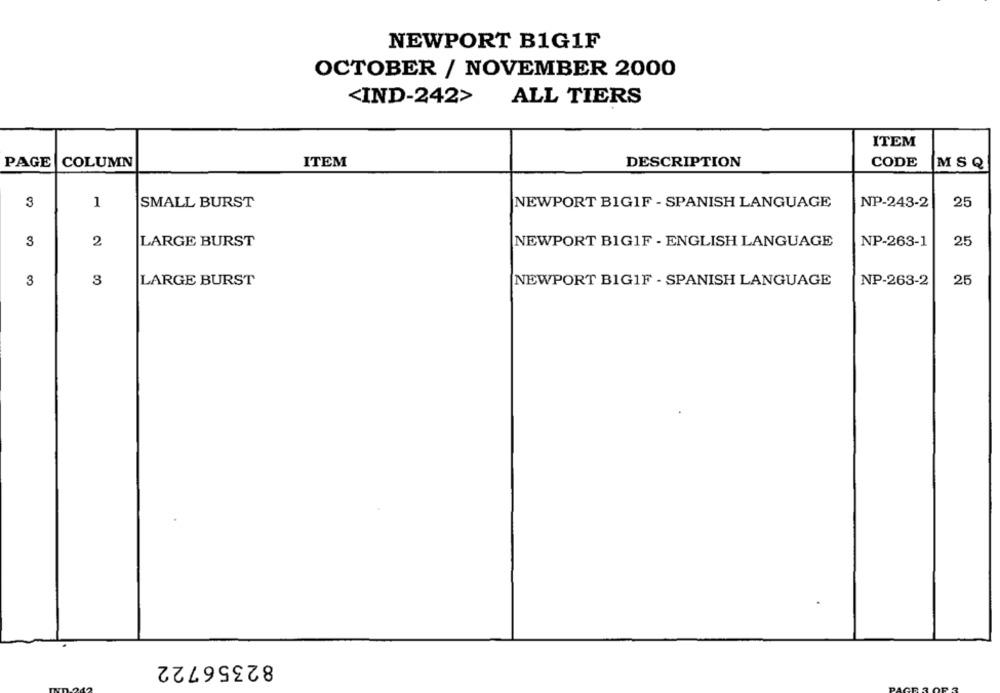
NEWPORT B1G1F
OCTOBER / NOVEMBER 2000
<IND-242>
ALL TIERS
ITEM
PAGE
COLUMN
ITEM
DESCRIPTION
CODE
MSQ
3
1
SMALL BURST
NEWPORT BIGIF - SPANISH LANGUAGE
NP-243-2
25
3
2
LARGE BURST
NEWPORT BIGIF - ENGLISH LANGUAGE
NP-263-1
25
3
3
LARGE BURST
NEWPORT BIGIF - SPANISH LANGUAGE
NP-263-2
25
82356722